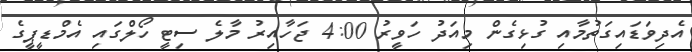
އެދިވަޑައިގަތުމާއި ގުޅިގެން މިއަދު ހަވީރު 4:00 ޖަހާއިރު މާލެ ސިޓީ ހޯލްގައި އެމްޑީޕީގެ